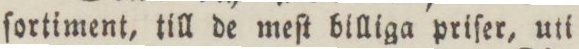
ſortiment, till de meſt billiga priſer, uti